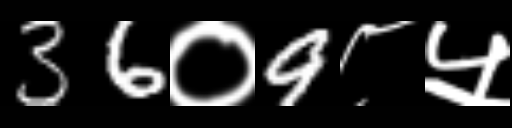
Text: 36०9८५